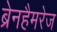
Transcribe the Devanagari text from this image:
ब्रेनहैमरेज